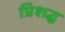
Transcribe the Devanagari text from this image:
प्रिशद्ध